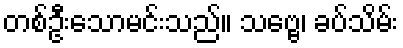
တစ်ဦးသောမင်းသည်။ သဗ္ဗေ၊ ခပ်သိမ်း